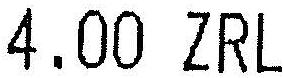
4.00 ZRL